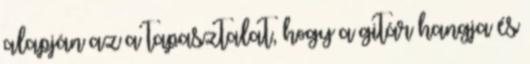
alapján az a tapasztalat, hogy a gitár hangja és